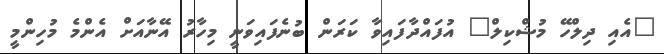
"އެއި ދިލްހޭ މުޝްކިލް" އުފައްދާފައިވާ ކަރަން ބުނެފައިވަނީ މިހާރު އޭނާއަށް އެންމެ މުހިންމީ